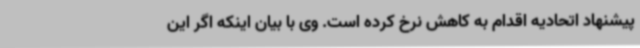
پیشنهاد اتحادیه اقدام به کاهش نرخ کرده است. وی با بیان اینکه اگر این